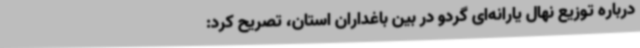
درباره توزیع نهال یارانه‌ای گردو در بین باغداران استان، تصریح کرد: